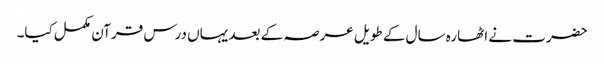
حضرت نے اٹھارہ سال کے طویل عرصہ کے بعد یہاں درس قرآن مکمل کیا۔